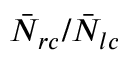
\bar { N } _ { r c } / \bar { N } _ { l c }